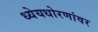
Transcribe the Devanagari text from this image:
ध्येयधोरणांवर